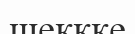
шеккке